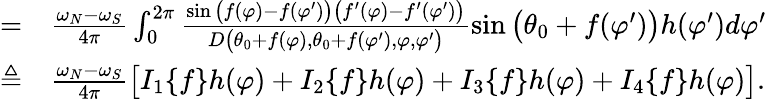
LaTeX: \begin{array}{rl}{=}&{{}\frac{\omega_{N}-\omega_{S}}{4\pi}\int_{0}^{2\pi}\frac{\sin\big(f(\varphi)-f(\varphi^{\prime})\big)\big(f^{\prime}(\varphi)-f^{\prime}(\varphi^{\prime})\big)}{D\big(\theta_{0}+f(\varphi),\theta_{0}+f(\varphi^{\prime}),\varphi,\varphi^{\prime}\big)}\sin\big(\theta_{0}+f(\varphi^{\prime})\big)h(\varphi^{\prime})d\varphi^{\prime}}\\ {\triangleq}&{{}\frac{\omega_{N}-\omega_{S}}{4\pi}\big[I_{1}\{ f\} h(\varphi)+I_{2}\{ f\} h(\varphi)+I_{3}\{ f\} h(\varphi)+I_{4}\{ f\} h(\varphi)\big].}\end{array}